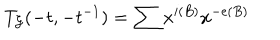
LaTeX: T _ { { \cal G } } ( - t , - t ^ { - 1 } ) = \sum x ^ { i ( B ) } x ^ { - e ( B ) }